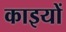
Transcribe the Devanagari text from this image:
काइयों